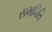
સમમિતિ